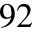
^ { 9 2 }